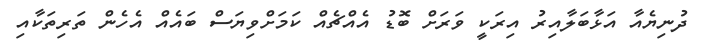
ދުނިޔެއާ އަޅާބަލާއިރު އިރަކީ ވަރަށް ބޮޑު އެއްޗެއް ކަމަށްވިޔަސް ބައެއް އެހެން ތަރިތަކާއި